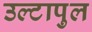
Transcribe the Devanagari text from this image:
उल्‍टापुल